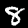
Label: 8